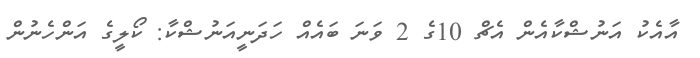
އާއެކު އަނުޝްކާއެން އެޗް 10ގެ 2 ވަނަ ބައެއް ހަދަނީއަނުޝްކާ: ކޯލީގެ އަންހެނުން